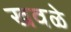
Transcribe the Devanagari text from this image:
खवळे